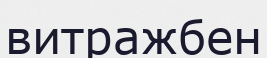
витражбен